Civil Veterinary Department. United Provinces 1912-22 - 1912-1922
Year: 1912
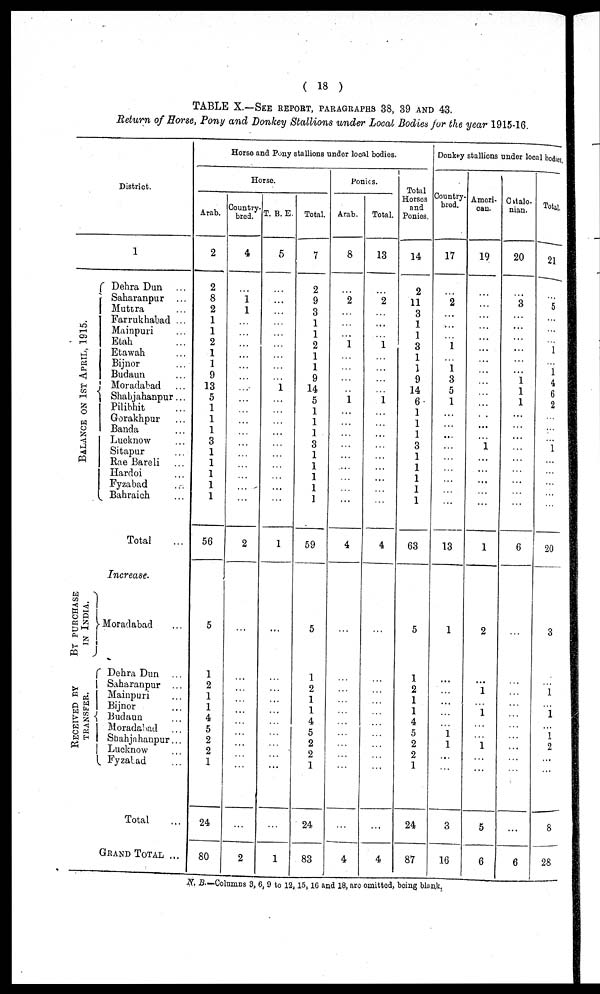
( 18 )
TABLE X.—SEE REPORT, PARAGRAPHS 38, 39 AND 43.
Return of Horse, Pony and Donkey Stallions under Local Bodies for the year 1915-16.
District.
BALANCE ON 1ST APRIL, 1915.
BY PURCHASE
IN INDIA.
RECEIVED BY
TRANSFER.
1
Dehra Dun ...
Saharanpur ...
Muttra ...
Farrukhabad ...
Mainpuri ...
Etah ...
Etawah ...
Bijnor ...
Budaun ...
Moradabad ...
Shahjahanpur ...
Pilibhit ...
Gorakhpur ...
Banda ...
Lucknow ...
Sitapur ...
Rae Bareli ...
Hardoi ...
Fyzabad ...
Bahraich ...
Total ...
Increase.
Moradabad ...
Dehra Dun ...
Saharanpur ...
Mainpuri ...
Bijnor ...
Budaun ...
Moradabad ...
Shahjahanpur ...
Lucknow ...
Fyzalad ...
Total ...
GRAND TOTAL ...
Horse and Pony stallions under local bodies.
Arab.
2
2
8
2
1
1
2
1
1
9
13
5
1
1
1
3
1
1
1
1
1
56
5
1
2
1
1
4
5
2
2
1
24
80
Horse.
Country-
bred.
4
...
1
1
...
...
...
...
...
...
...
...
...
...
...
...
...
...
...
...
...
2
...
...
...
...
...
...
...
...
...
...
...
2
T. B. E.
5
...
...
...
...
...
...
...
...
...
1
...
...
...
...
...
...
...
...
...
...
1
...
...
...
...
...
...
...
...
...
...
...
1
Total.
7
2
9
3
1
1
2
1
1
9
14
5
1
1
1
3
1
1
1
1
1
59
5
1
2
1
1
4
5
2
2
1
24
83
Ponies.
Arab.
8
...
2
...
...
...
1
...
...
...
...
1
...
...
...
...
...
...
...
...
...
4
...
...
...
...
...
...
...
...
...
...
...
4
Total.
13
...
2
...
...
...
1
...
...
...
...
1
...
...
...
...
...
...
...
...
...
4
...
...
...
...
...
...
...
...
...
...
...
4
Total
Horses
and
Ponies.
14
2
11
3
1
1
3
1
1
9
14
6.
1
1
1
3
1
1
1
1
1
63
5
1
2
1
1
4
5
2
2
1
24
87
Donkey stallions under local bodies
Country-
bred.
17
...
2
...
...
...
1
...
1
3
5
1
...
...
...
...
...
...
...
...
...
13
1
...
...
...
...
...
1
1
...
...
3
16
Ameri-
can.
19
...
...
...
...
...
...
...
...
...
...
...
...
...
...
1
...
...
...
...
...
1
2
...
1
...
1
...
...
1
...
...
5
6
Citalo.
nian.
20
...
3
...
...
...
...
...
...
1
1
1
...
...
...
...
...
...
...
...
...
6
...
...
...
...
...
...
...
...
...
...
...
6
Total.
21
...
5
...
...
...
1
...
1
4
6
2
...
...
...
I
...
...
...
...
...
20
3
...
1
...
1
...
1
2
...
...
8
28
N.B.—Colnmns 3, 6, 9 to 12,15,16 and 18, arc omitted, being blank.